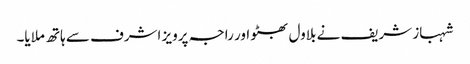
شہباز شریف نے بلاول بھٹو اور راجہ پرویز اشرف سے ہاتھ ملایا۔